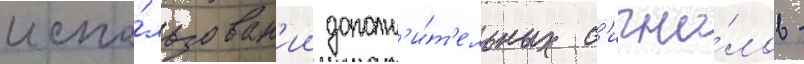
испо́льзован'ии дополн'и́т'ельных с'игна́лов -